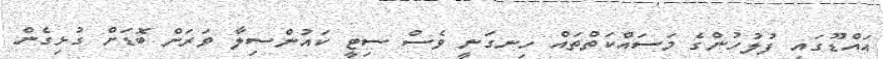
އައްޑޫގައި ފުލުހުންގެ މަސައްކަތްތައް ހިނގަނީ ވެސް ސިޓީ ކައުންސިލާ ވަރަށް ބޮޑަށް ގުޅިގެން